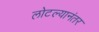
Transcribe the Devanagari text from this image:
लोटल्‍यानंतर